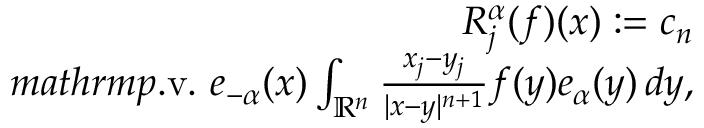
\begin{array} { r } { R _ { j } ^ { \boldsymbol { \alpha } } ( f ) ( \boldsymbol { x } ) : = c _ { n } } \\ { m a t h r m { p } . \mathrm { v } . \ e _ { - \boldsymbol { \alpha } } ( \boldsymbol { x } ) \int _ { \mathbb { R } ^ { n } } \frac { x _ { j } - y _ { j } } { | \boldsymbol { x } - \boldsymbol { y } | ^ { n + 1 } } f ( \boldsymbol { y } ) e _ { \boldsymbol { \alpha } } ( \boldsymbol { y } ) \, d \boldsymbol { y } , } \end{array}